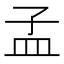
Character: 孟